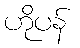
ဟိုပန်